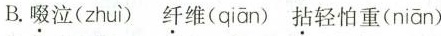
B.啜泣( zhuì ) 纤维( qiān )拈轻怕重( niān )